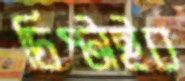
চিপ্‌টাইব